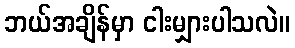
ဘယ်အချိန်မှာ ငါးမျှားပါသလဲ။